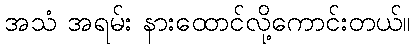
အသံ အရမ်း နားထောင်လို့ကောင်းတယ်။